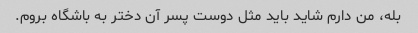
بله، من دارم شاید باید مثل دوست پسر آن دختر به باشگاه بروم.